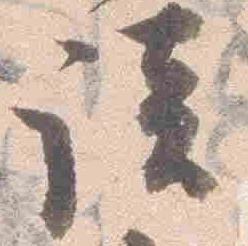
談